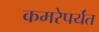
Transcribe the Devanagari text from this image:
कमरेपर्यंत